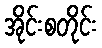
အိုင်းစတိုင်း